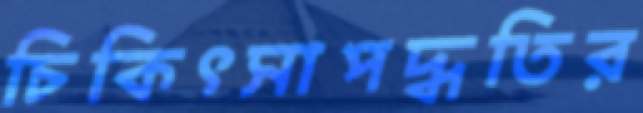
চিকিৎসাপদ্ধতির